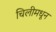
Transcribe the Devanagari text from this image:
चिलीमधून